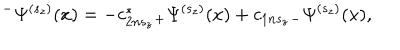
LaTeX: ^ { - } \Psi ^ { ( s _ { z } ) } ( x ) = - c _ { 2 n s _ { z } } ^ { * } { } _ { + } \Psi ^ { ( s _ { z } ) } ( x ) + c _ { 1 n s _ { z } } { } _ { - } \Psi ^ { ( s _ { z } ) } ( x ) ,